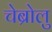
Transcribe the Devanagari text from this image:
चेब्रोलु